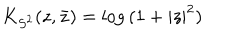
LaTeX: K _ { S ^ { 2 } } ( z , \bar { z } ) = \mathrm { l o g } \, ( 1 + | z | ^ { 2 } )